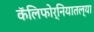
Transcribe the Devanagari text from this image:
कॅलिफोर्नियातल्या